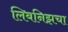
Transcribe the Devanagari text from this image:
लिबनिझचा